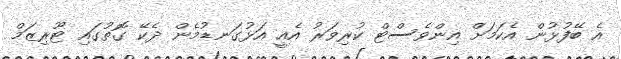
އެ ބޭފުޅުން އެކަމަށް އިންވެސްޓް ކުރިވަރު އެއީ އަޅުގަނޑުމެން ދެކޭ ގޮތުގައި ޓޫރިޒަމް